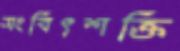
সংবিৎশক্তি